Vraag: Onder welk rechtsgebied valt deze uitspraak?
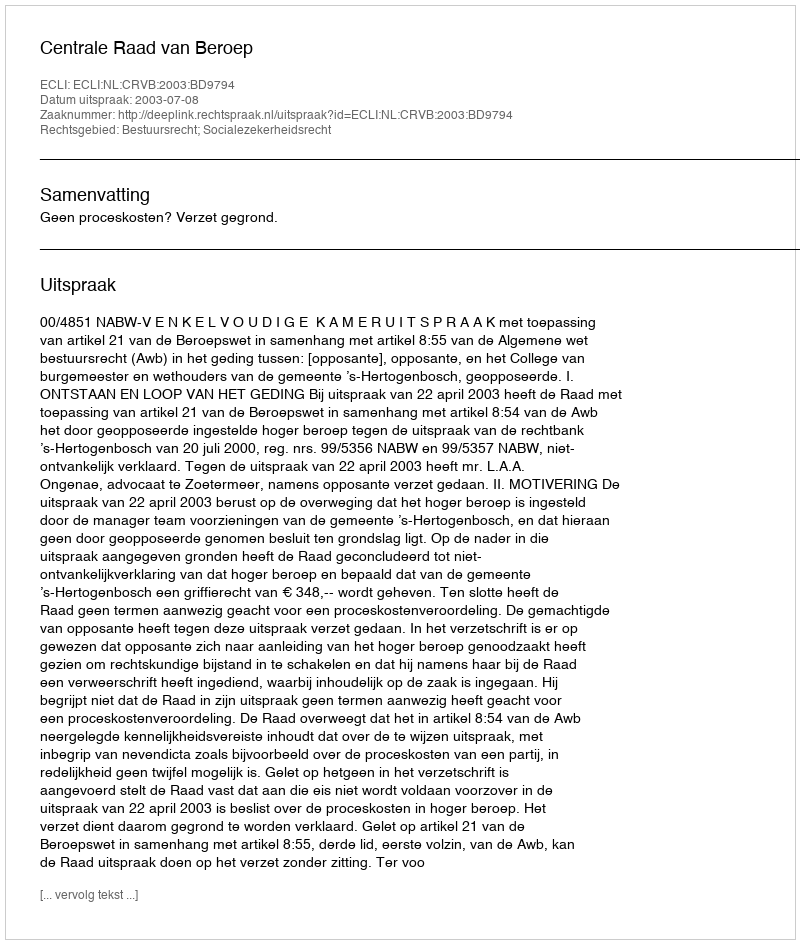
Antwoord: Bestuursrecht; Socialezekerheidsrecht